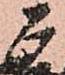
正